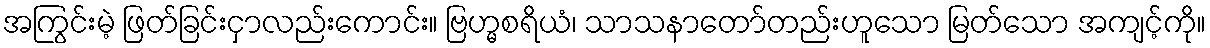
အကြွင်းမဲ့ ဖြတ်ခြင်းငှာလည်းကောင်း။ ဗြဟ္မစရိယံ၊ သာသနာတော်တည်းဟူသော မြတ်သော အကျင့်ကို။